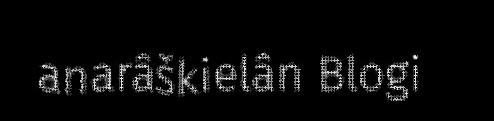
anarâškielân Blogi